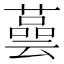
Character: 𦾆